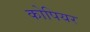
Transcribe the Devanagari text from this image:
कोपियर